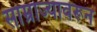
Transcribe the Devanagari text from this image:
साम्राज्यावरून